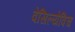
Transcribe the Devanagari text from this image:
वेसिल्येविच